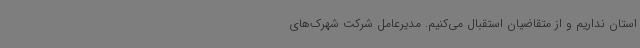
استان نداریم و از متقاضیان استقبال می‌کنیم. مدیرعامل شرکت شهرک‌های